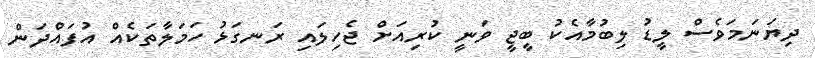
ދިޔަނަމަވެސް ލީޑު ލިބުމާއެކު ބީޖީ ވަނީ ކުރިއަށް ޖެހިލައި ރަނގަޅު ހަމަލާތަކެއް އުފައްދަން